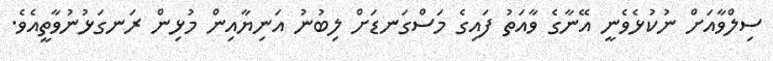
ސިލްވާއަށް ނުކުޅެވެނީ އޭނާގެ ވާއަތު ފައިގެ މަސްގަނޑަށް ލިބުނު އަނިޔާއިން މުޅިން ރަނގަޅުނުވާތީއެވެ.